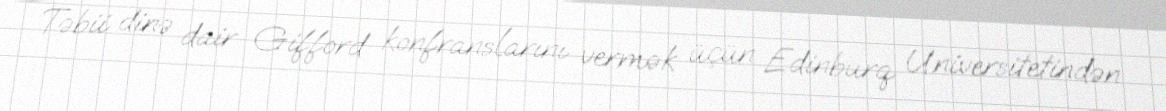
Təbii dinə dair Gifford konfranslarını vermək üçün Edinburq Universitetindən